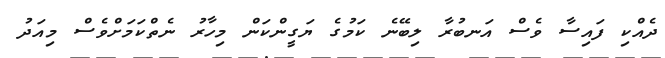
ދެއްކި ފައިސާ ވެސް އަނބުރާ ލިބޭނެ ކަމުގެ ޔަގީންކަން މިހާރު ނެތްކަމަށްވެސް މިއަދު